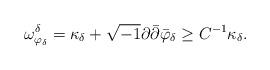
LaTeX: \begin{align*} \omega^\delta_{\varphi_{\delta}}=\kappa_{\delta} +\sqrt{-1}\partial\bar\partial\bar\varphi_\delta\ge C^{-1}\kappa_\delta.\end{align*}